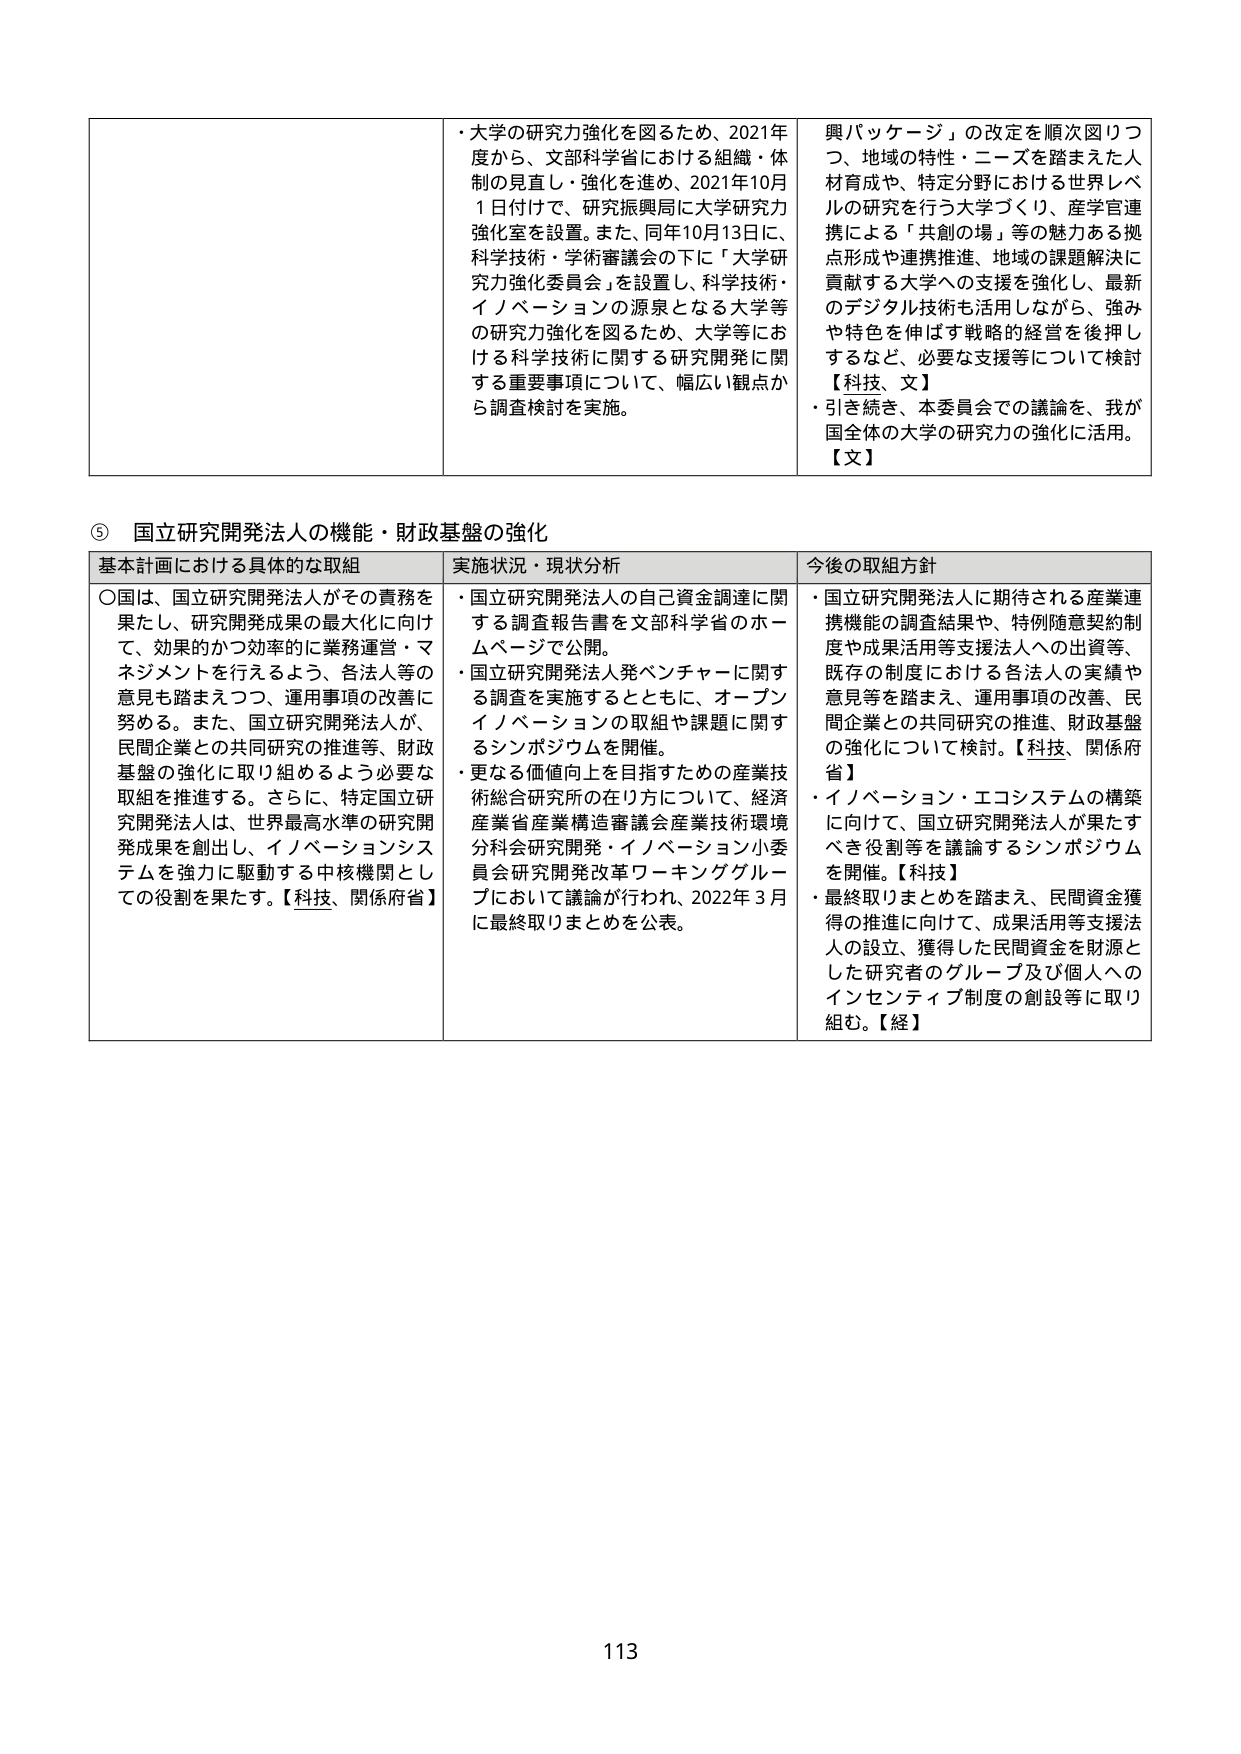
⑤ 国立研究開発法人の機能・財政基盤の強化

基本計画における具体的な取組
○国は、国立研究開発法人がその責務を果たし、研究開発成果の最大化に向けて、効果的かつ効率的に業務運営・マネジメントを行うよう、各法人等の意見も踏まえつつ、運用事項の改善に努める。また、国立研究開発法人が、民間企業との共同研究の推進等、財政基盤の強化に取り組めるよう必要な取組を推進する。さらに、特定国立研究開発法人は、世界最高水準の研究開発成果を創出し、イノベーションシステムを強力に駆動する中核機関としての役割を果たす。【科技、関係府省】

実施状況・現状分析
・国立研究開発法人の自己資金調達に関する調査報告書を文部科学省のホームページで公開。
・国立研究開発法人発ベンチャーに関する調査を実施するとともに、オープンイノベーションの取組や課題に関するシンポジウムを開催。
・更なる価値向上を目指すための産業技術総合研究所の在り方について、経済産業省産業構造審議会産業技術環境分科会研究開発・イノベーション小委員会研究開発改革ワーキンググループにおいて議論が行われ、2022年3月に最終取りまとめを公表。

今後の取組方針
・国立研究開発法人に期待される産業連携機能の調査結果や、特例随意契約制度や成果活用等支援法人への出資等、既存の制度における各法人の実績や意見等を踏まえ、運用事項の改善、民間企業との共同研究の推進、財政基盤の強化について検討。【科技、関係府省】
・イノベーション・エコシステムの構築に向けて、国立研究開発法人が果たすべき役割等を議論するシンポジウムを開催。【科技】
・最終取りまとめを踏まえ、民間資金獲得の推進に向けて、成果活用等支援法人の設立、獲得した民間資金を財源とした研究者のグループ及び個人へのインセンティブ制度の創設等に取り組む。【経】

・大学の研究力強化を図るため、2021年度から、文部科学省における組織・体制の見直し・強化を進め、2021年10月1日付けで、研究振興局に大学研究力強化室を設置。また、同年10月13日に、科学技術・学術審議会の下に「大学研究力強化委員会」を設置し、科学技術・イノベーションの源泉となる大学等の研究力強化を図るため、大学等における科学技術に関する研究開発に関する重要事項について、幅広い観点から調査検討を実施。

興パッケージ」の改定を順次図りつつ、地域の特性・ニーズを踏まえた人材育成や、特定分野における世界レベルの研究を行う大学づくり、産学官連携による「共創の場」等の魅力ある拠点形成や連携推進、地域の課題解決に貢献する大学への支援を強化し、最新のデジタル技術も活用しながら、強みや特色を伸ばす戦略的経営を後押しするなど、必要な支援等について検討【科技、文】
・引き続き、本委員会での議論を、我が国全体の大学の研究力の強化に活用。【文】

113